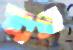
গ্রাম